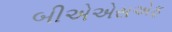
બીએએસએફ